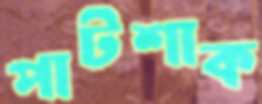
পাটশাক